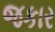
જકાર